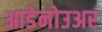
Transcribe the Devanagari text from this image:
आडेनोउअर